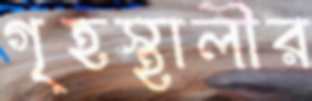
গৃহস্থালীর